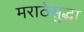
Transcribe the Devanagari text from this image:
मराठेसुद्धा